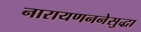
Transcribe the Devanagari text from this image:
नारायणननेसुद्धा